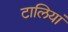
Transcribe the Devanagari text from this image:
टालियां